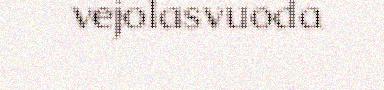
vejolasvuoda